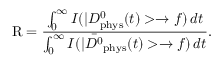
\mathrm { R } = \frac { \int _ { 0 } ^ { \infty } I ( | D _ { \mathrm { p h y s } } ^ { 0 } ( t ) > \to f ) \, d t } { \int _ { 0 } ^ { \infty } I ( | \bar { D ^ { 0 } } _ { \mathrm { p h y s } } ( t ) > \to f ) \, d t } .